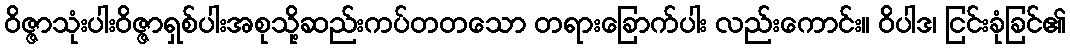
ဝိဇ္ဇာသုံးပါးဝိဇ္ဇာရှစ်ပါးအစုသို့ဆည်းကပ်တတသော တရားခြောက်ပါး လည်းကောင်း။ ဝိပါဒ၊ ငြင်းခုံခြင်၏